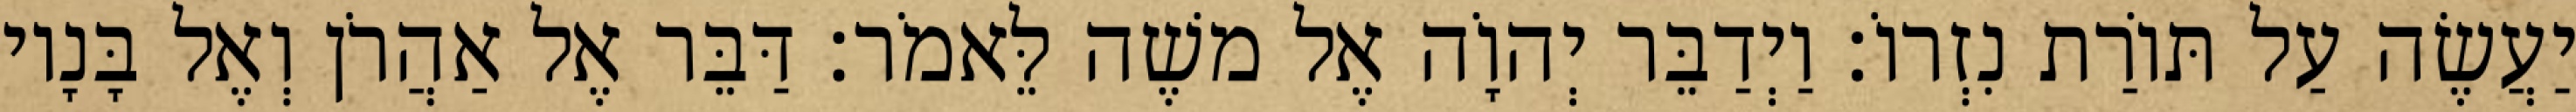
יַעֲשֶׂה עַל תּוֹרַת נִזְרוֹ׃ וַיְדַבֵּר יְהוָֹה אֶל משֶׁה לֵּאמֹר׃ דַּבֵּר אֶל אַהֲרֹן וְאֶל בָּנָיו